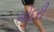
બોદરી